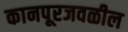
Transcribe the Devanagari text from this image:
कानपूरजवळील